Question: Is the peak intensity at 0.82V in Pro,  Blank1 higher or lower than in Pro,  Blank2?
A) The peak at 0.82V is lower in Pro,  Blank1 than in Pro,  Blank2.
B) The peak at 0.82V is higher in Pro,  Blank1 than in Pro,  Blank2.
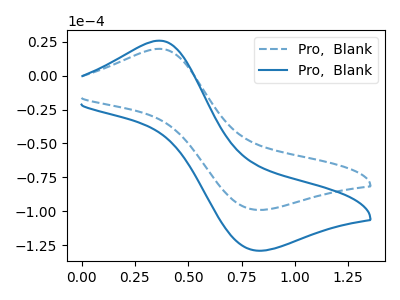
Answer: <think>The blue dashed curve "Pro,  Blank1" has an anodic peak at (0.35V, 19.85uA) and a cathodic peak at (0.80V, -99.00uA). The blue curve "Pro,  Blank2" has an anodic peak at (0.35V, 25.85uA) and a cathodic peak at (0.80V, -129.10uA).</think>
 <answer>A) The peak at 0.82V is lower in "Pro,  Blank1" than in "Pro,  Blank2".</answer>
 <eval>A</eval>